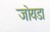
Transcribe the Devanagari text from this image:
जोयडा